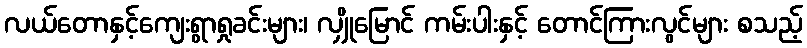
လယ်တောနှင့်ကျေးရွာရှုခင်းများ၊ လျှိုမြောင် ကမ်းပါးနှင့် တောင်ကြားလွင်များ စသည့်